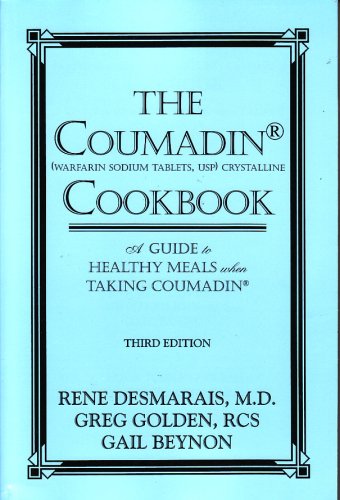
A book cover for The Coumadin Cookbook: A Guide to Healthy Meals When Taking Coumadin; Rene, M.D. Desmarais; Cookbooks, Food & Wine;